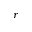
r